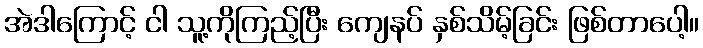
အဲဒါကြောင့် ငါ သူ့ကိုကြည့်ပြီး ကျေနပ် နှစ်သိမ့်ခြင်း ဖြစ်တာပေါ့။